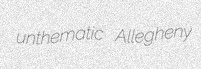
unthematic Allegheny